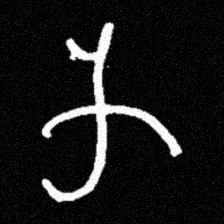
Pyu character \u2014 Myanmar letter: က (romanized: ka)